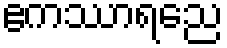
ဧကဿာရညေ